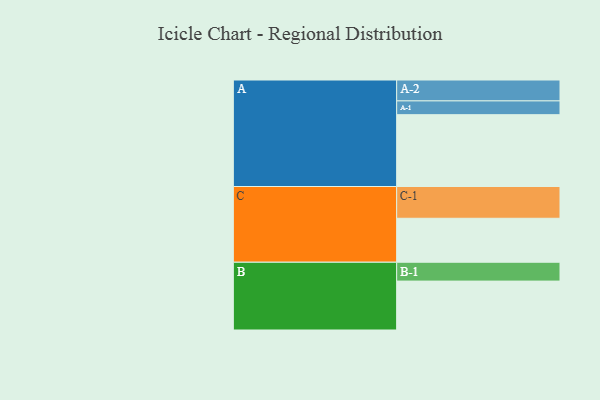
{"axis": {"x": "Segment", "y": "Value"}, "legend": ["", "A", "B", "C"], "data": [{"x": "A", "y": 495, "type": ""}, {"x": "B", "y": 337, "type": ""}, {"x": "C", "y": 303, "type": ""}, {"x": "A-1", "y": 95, "type": "A"}, {"x": "A-2", "y": 144, "type": "A"}, {"x": "B-1", "y": 130, "type": "B"}, {"x": "C-1", "y": 219, "type": "C"}]}